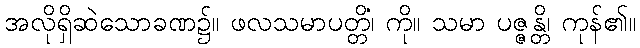
အလိုရှိဆဲသောခဏ၌။ ဖလသမာပတ္တိံ၊ ကို။ သမာ ပဇ္ဇန္တိ၊ ကုန်၏။